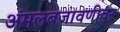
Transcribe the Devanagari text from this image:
अंमलबजावणीवर